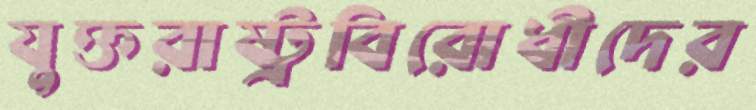
যুক্তরাষ্ট্রবিরোধীদের